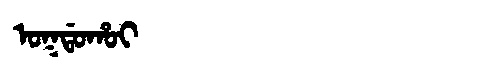
Manchu: ᠣᡴᡩᠣᡥᠣᡳ
Romanization: OKDOHOI